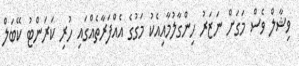
ވިޝާލް ވެސް މަގަށް ނަޒަރު ހިންގާލުމާއިއެކު މަގުގެ އެއްފަރާތެއްގައި ހުރި ކަރަންޓު ކޭބަލް